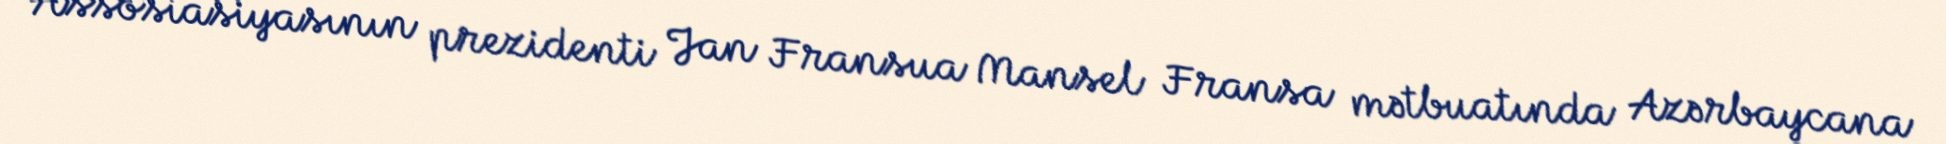
Assosiasiyasının prezidenti Jan Fransua Mansel Fransa mətbuatında Azərbaycana